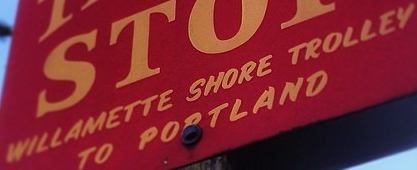
WILLAMETTE SHORE TROLLEY